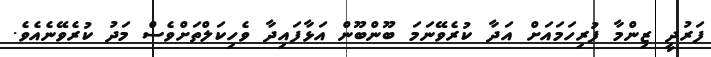
ފަރުދީ ޒިންމާ ފުރިހަމައަށް އަދާ ކުރެވޭނަމަ ބޫންބޫން އަޅާފައިދާ ވެހިކަލްތަށްވެސް މަދު ކުރެވޭނެއެވެ.